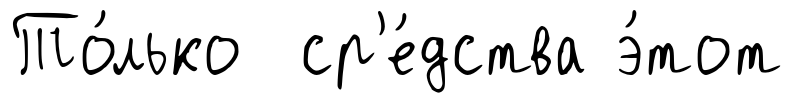
То́лько ср'е́дства э́тот